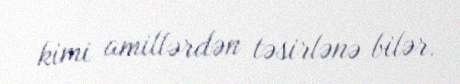
kimi amillərdən təsirlənə bilər.